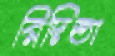
রিদিতা